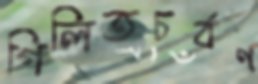
গিলিতচর্বণ